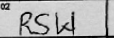
Transcription: RSW